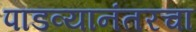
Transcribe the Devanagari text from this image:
पाडव्यानंतरचा